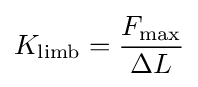
K_{\text{limb}}={\frac {F_{\text{max}}}{\Delta L}}